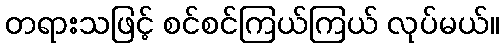
တရားသဖြင့် စင်စင်ကြယ်ကြယ် လုပ်မယ်။